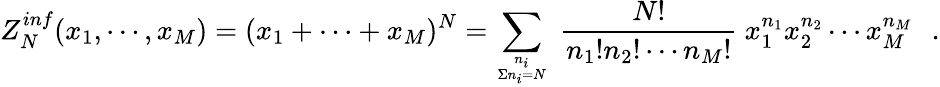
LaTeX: Z_{N}^{inf}(x_{1},\cdots,x_{M})=(x_{1}+\cdots+x_{M})^{N}=\sum_{{n_{i}}\atop{\Sigma n_{i}=N}}~{\frac{N!}{n_{1}!n_{2}!\cdots n_{M}!}}~x_{1}^{n_{1}}x_{2}^{n_{2}}\cdots x_{M}^{n_{M}}\, \, \, \, .